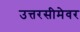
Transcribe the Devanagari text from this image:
उत्तरसीमेवर